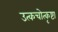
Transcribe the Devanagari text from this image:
उत्कचोत्कृष्टा